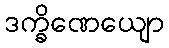
ဒက္ခိဏေယျော